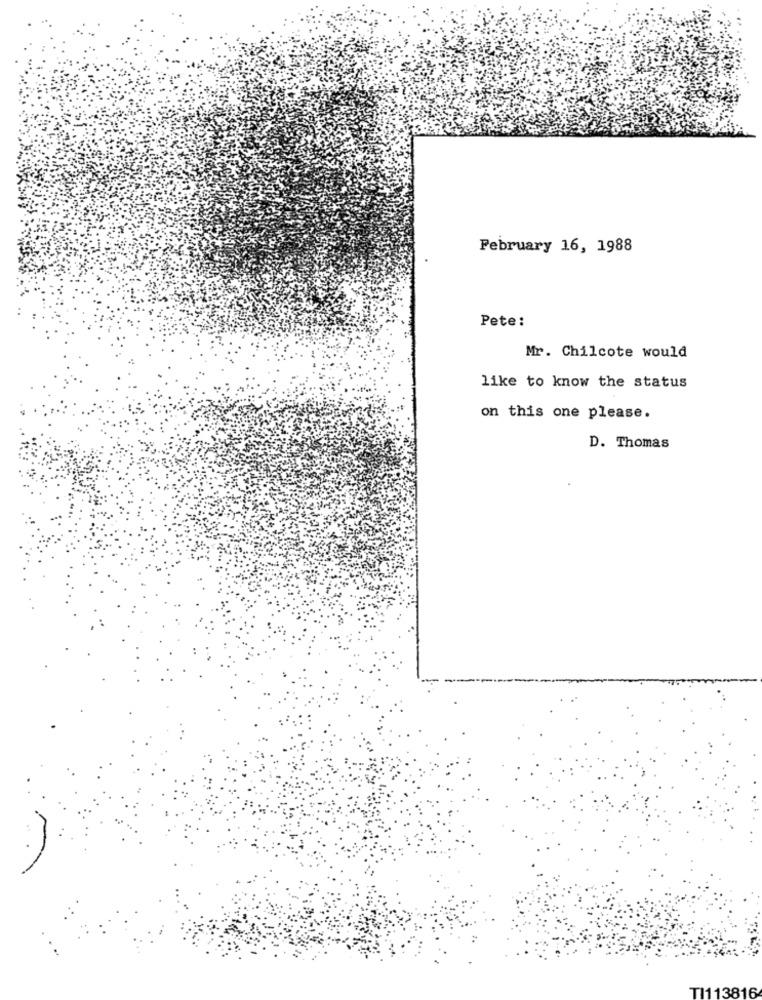
February 16, 1988
Pete:
Mr. Chilcote would
like to know the status
on this one please.
D. Thomas
TI113816